Punjab Mental Hospital Lahore 1922-31 - 1922-1931
Year: 1922
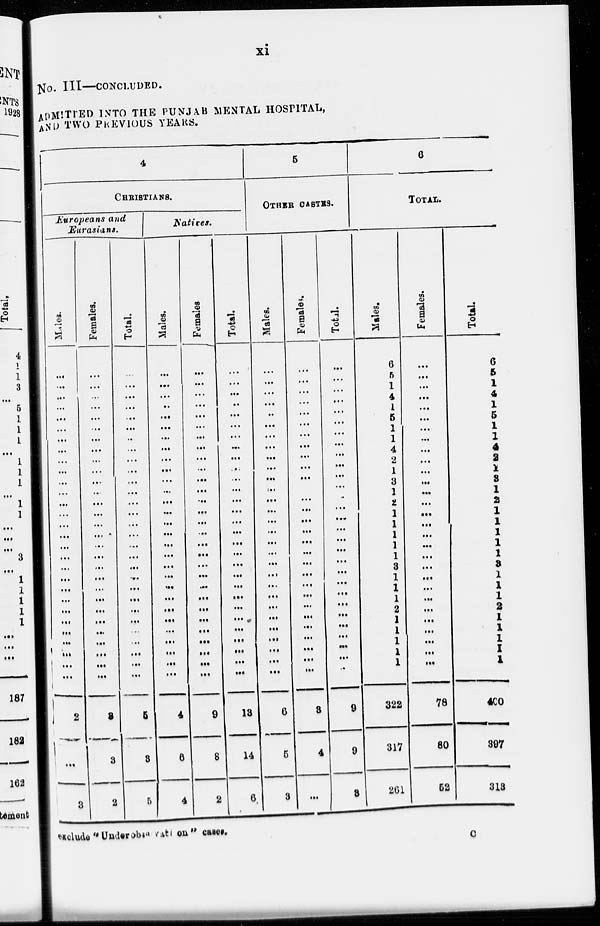
xi
No.
III—CONCLUDED.
ADMITTED INTO THE PUNJAB MENTAL HOSPITAL,
AND TWO PREVIOUS YEARS.
4
CHRISTIANS.
Europeans and
Eurasians.
Males.
...
...
...
...
...
...
...
...
...
...
...
...
...
...
...
...
...
...
...
...
...
...
...
...
...
...
...
...
...
2
...
3
Females.
...
...
...
...
...
...
...
...
...
...
...
...
...
...
...
...
...
...
...
...
...
...
...
...
...
...
...
...
...
3
3
2
Total.
...
...
...
...
...
...
...
...
...
...
...
...
...
...
...
...
...
...
...
...
...
...
...
...
...
...
...
...
...
5
3
5
Natives.
Males.
...
...
...
...
...
...
...
...
...
...
...
...
...
...
...
...
...
...
...
...
...
...
...
...
...
...
...
...
...
4
6
4
Females.
...
...
...
...
...
...
...
...
...
...
...
...
...
...
...
...
...
...
...
...
...
...
...
...
...
...
...
...
...
9
8
2
Total.
...
...
...
...
...
...
...
...
...
...
...
...
...
...
...
...
...
...
...
...
...
...
...
...
...
...
...
...
...
13
14
6
5
OTHER CASTES.
Males.
...
...
...
...
...
...
...
...
...
...
...
...
...
...
...
...
...
...
...
...
...
...
...
...
...
...
...
...
...
6
5
3
Females.
...
...
...
...
...
...
...
...
...
...
...
...
...
...
...
...
...
...
...
...
...
...
...
...
...
...
...
...
...
3
4
...
Total.
...
...
...
...
...
...
...
...
...
...
...
...
...
...
...
...
...
...
...
...
...
...
...
...
...
...
...
...
...
9
9
3
6
TOTAL.
Males.
6
5
1
4
1
5
1
1
4
2
1
3
1
2
1
1
1
1
1
3
1
1
1
2
1
1
1
1
1
322
317
261
Females.
...
...
...
...
...
...
...
...
...
...
...
...
...
...
...
...
...
...
...
...
...
...
...
...
...
...
...
...
...
78
80
52
Total.
6
5
1
4
1
5
1
1
4
2
1
3
1
2
1
1
1
1
1
3
1
1
1
2
1
1
1
1
1
400
397
313
exclude "Under observation" cases.